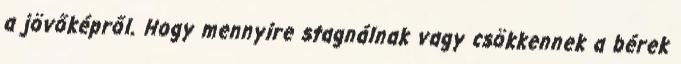
a jövőképről. Hogy mennyire stagnálnak vagy csökkennek a bérek